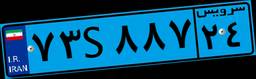
۹۷S۹۷۲۱۱